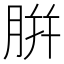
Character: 腁